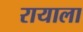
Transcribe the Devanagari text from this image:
रायाला